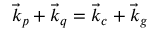
\vec { k } _ { p } + \vec { k } _ { q } = \vec { k } _ { c } + \vec { k } _ { g }